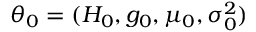
\theta _ { 0 } = ( H _ { 0 } , g _ { 0 } , \mu _ { 0 } , \sigma _ { 0 } ^ { 2 } )